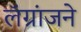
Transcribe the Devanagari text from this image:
लॅग्रांजने